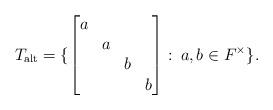
LaTeX: \begin{align*} T_{\mathrm{alt}}=\{\begin{bmatrix}a\\&a\\&&b\\&&&b\end{bmatrix}:\:a,b\in F^\times\}.\end{align*}